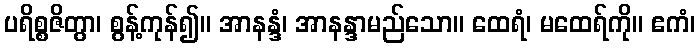
ပရိစ္စဇိတွာ၊ စွန့်ကုန်၍။ အာနန္ဒံ၊ အာနန္ဒာမည်သော။ ထေရံ၊ မထေရ်ကို။ ဧကံ၊